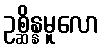
ဥစ္ဆိန္နမူလော